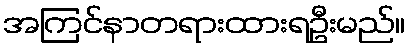
အကြင်နာတရားထားရဦးမည်။